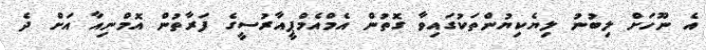
އެ ނޫހަށް ލިބުނު ލިޔެކިޔުންތަކުގައިވާ ގޮތުން އެމްއެމްޕީއާރުސީގެ ފަރާތުން އޮމްނިއާ އަށް ދެ